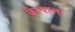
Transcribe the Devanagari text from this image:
कैल्वाला